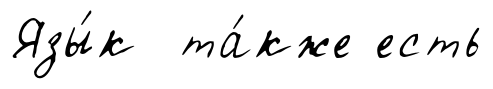
Язы́к та́кже есть